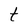
Character: t